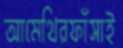
আমেথিরফাঁসাই